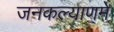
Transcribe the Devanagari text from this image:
जनकल्याणमे